Trukikaitis_Postimees, lk 43
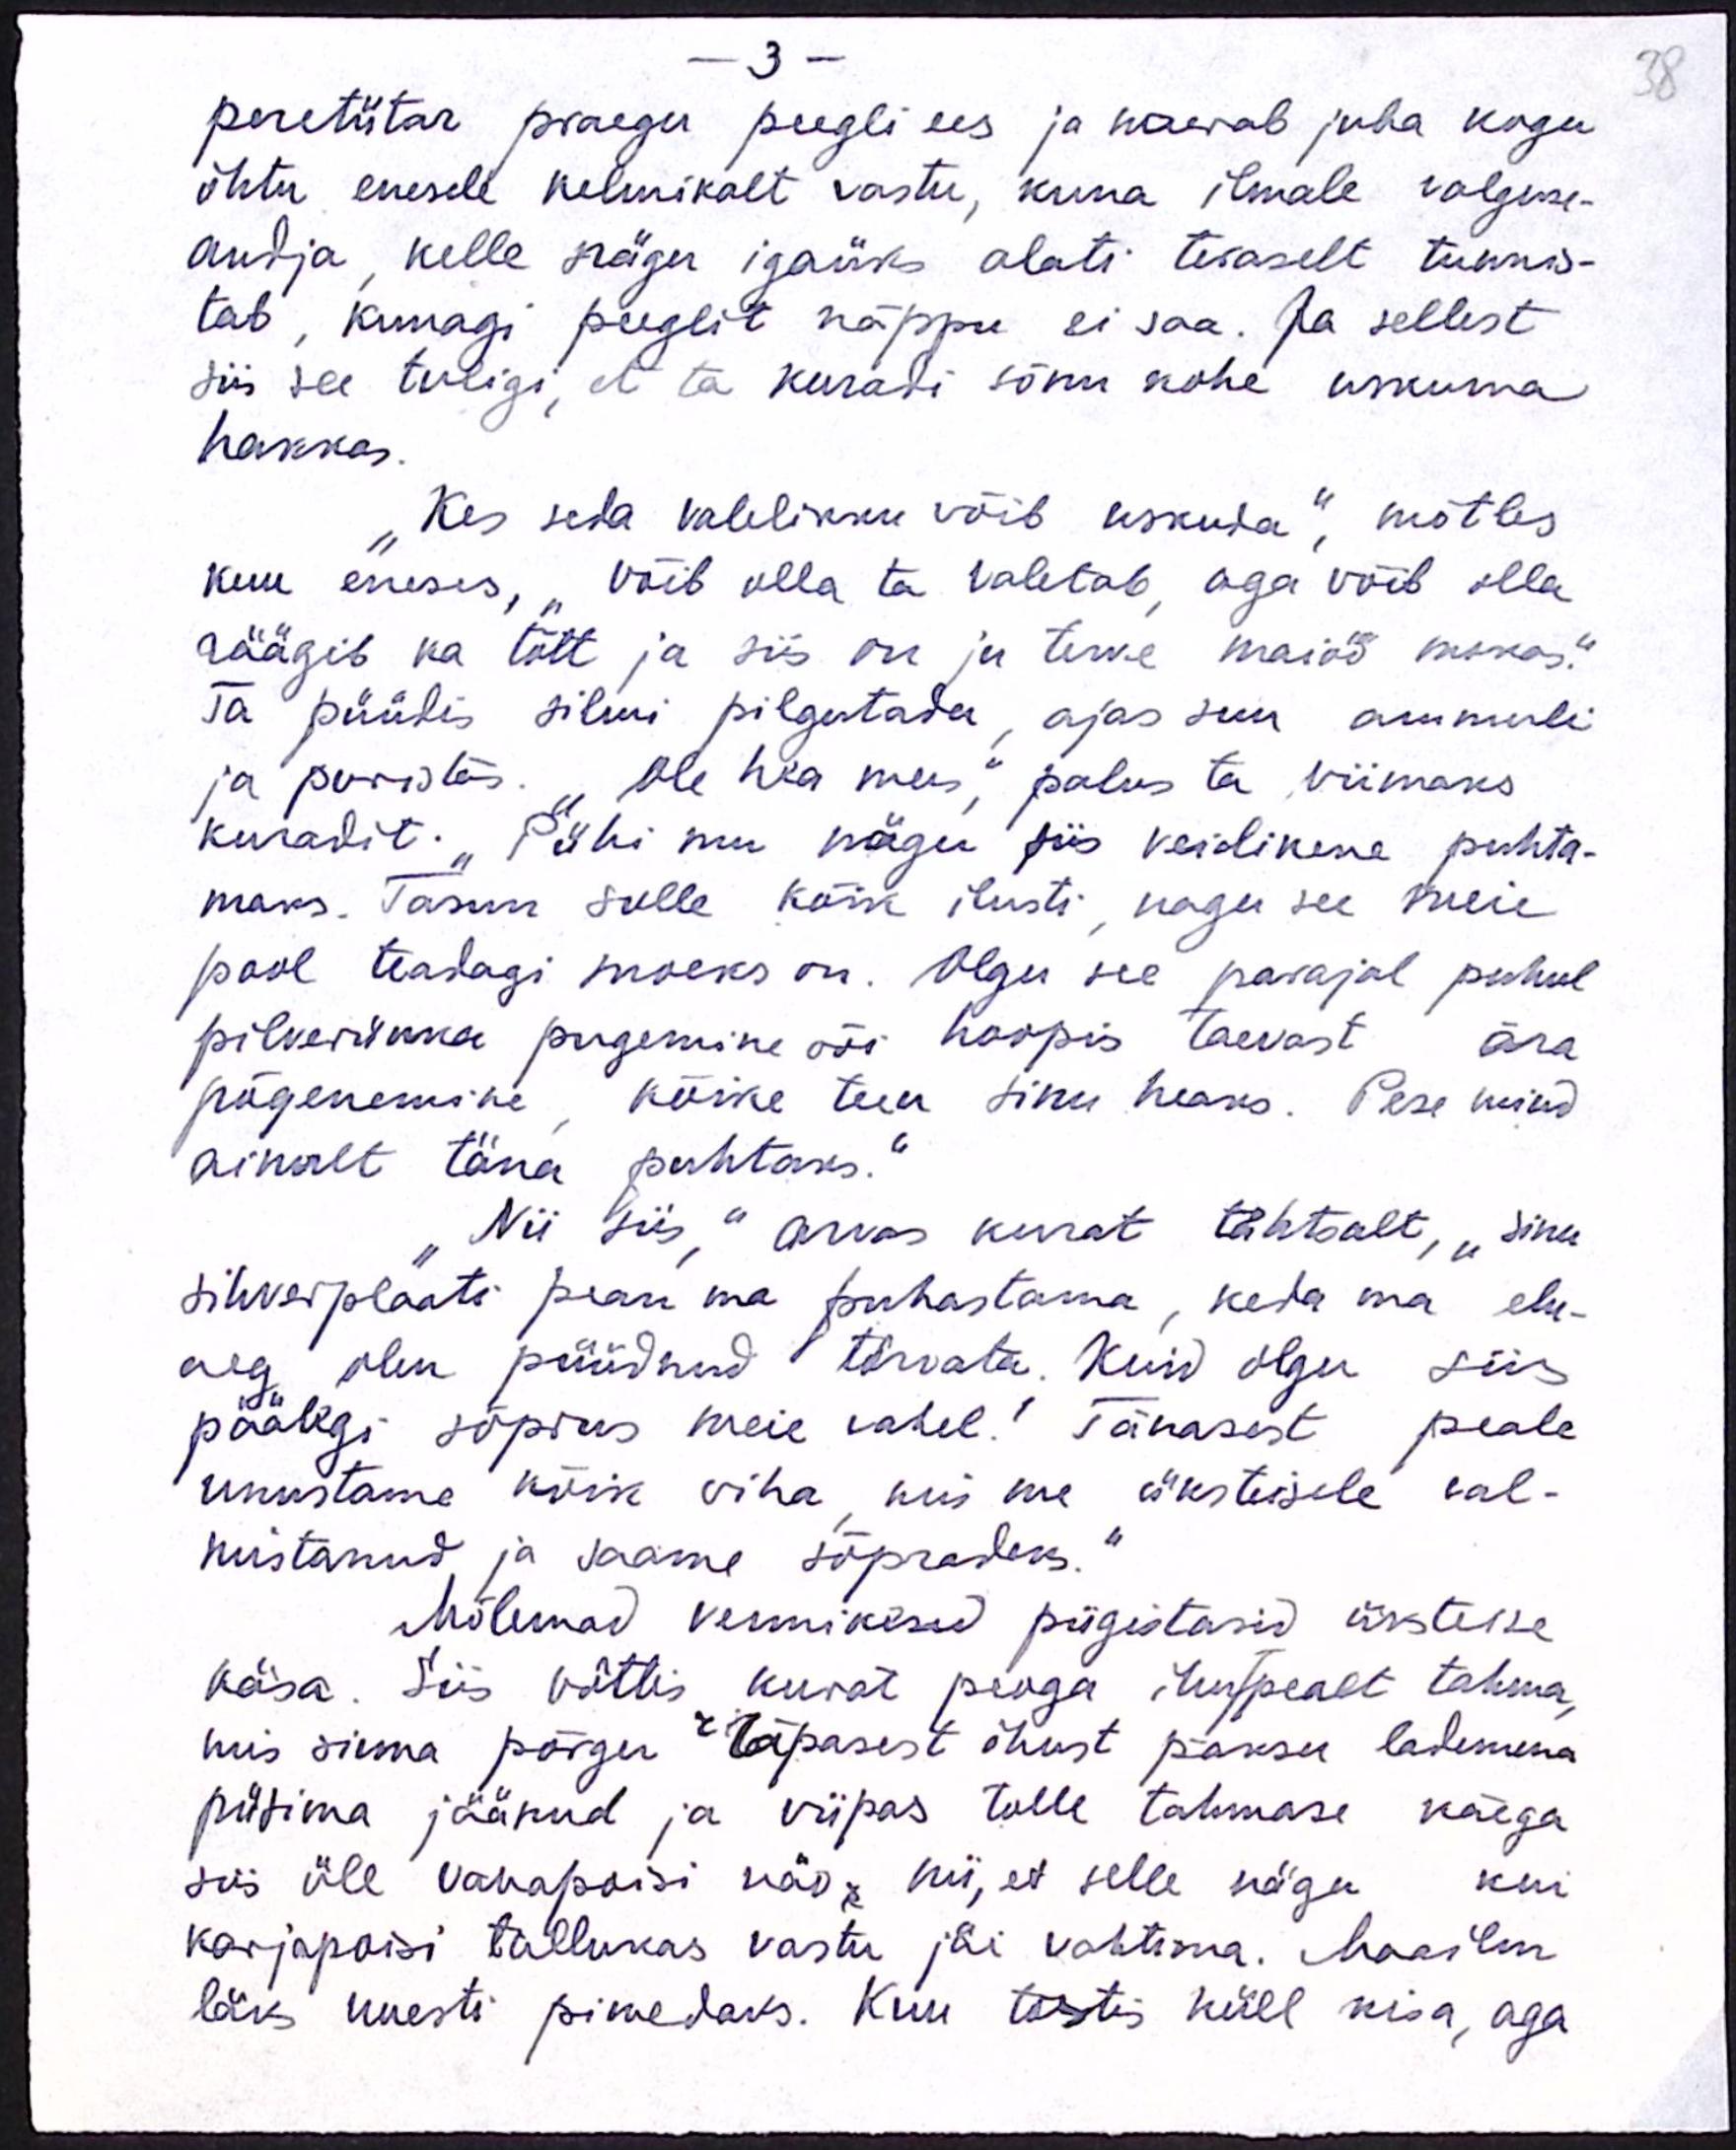
-3 -
38
peretütar praegu peegli ees ja naerab juba kogu
õhtu enesele kelmikalt vastu, kuna ilmale valguse-
andja, kelle nägu igaüks alati teraselt tunnis-
tab, kunagi peeglit näppu ei saa. Ja sellest
siis see tuligi, et ta kuradi sõnu kohe uskuma
hakkas.
"Kes seda valelikku võib uskuda", mõtles
kuu eneses, võib olla ta valetab, aga võlb olla
räägib ka tõtt ja siis on ju terve maiöö mokas.
Ta püüdis silmi pilgutada, ajas suu ammuli
ja puristas. "Ole hea mees," palus ta viimaks
kuradit. "Pühi mu nägu siis veidikene puhta-
maks. Tasun sulle kõik ilusti, nagu see meie
pool teadagi moeks on. Olgu see parajal puhul
pilverünka pugemine või hoopis taevast ära
põgenemine kõike teen sinu heaks. Pese mind
ainult täna puhtaks."
"Nii siis" arvas kurat tähtsalt, "Sinu-
sihverplaati pean ma puhastama, keda ma elu-
aeg olen püüdnud tõrvata. Kuid olgu siis
päälegi sõprus meie vahel! Tänasest peale
unustame kõik viha, mis me üksteisele val-
mistanud ja saame sõpradeks."
Mõlemad vennikesid pigistasid üksteise
käsa. Siis võttis kurat peoga ihupealt tahma,
mis sinna põrgu räpasest õhust paksu lademena
püsima jäänud ja viipas tolle tahmase käega
siis üle vanapoisi näo nii, et selle nägu kui
karjapoisi tallukas vastu jäi vahtima. Maailm
läks uuesti pimedaks. Kuu tõstis küll kisa, aga